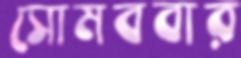
সোমববার